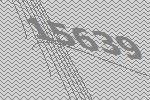
15639